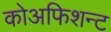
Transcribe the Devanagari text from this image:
कोअफिशन्ट